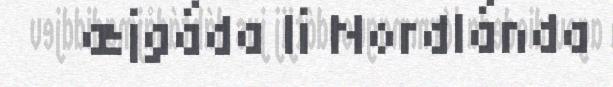
æjgáda li Nordlánda